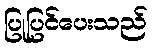
ပြုပြင်ပေးသည်